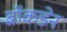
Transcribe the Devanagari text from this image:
ब्रॉकडेन